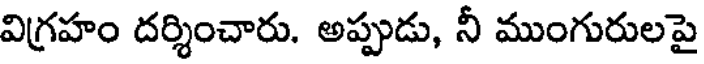
విగ్రహం దర్శించారు. అప్పుడు, నీ ముంగురులపై